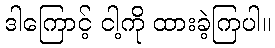
ဒါကြောင့် ငါ့ကို ထားခဲ့ကြပါ။